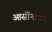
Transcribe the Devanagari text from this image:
आर्सीनाइड